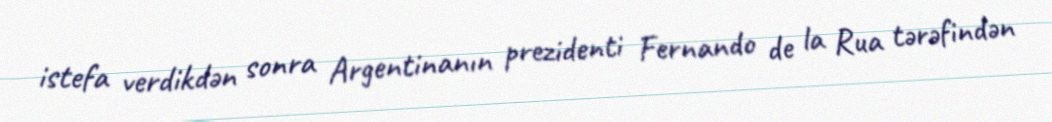
istefa verdikdən sonra Argentinanın prezidenti Fernando de la Rua tərəfindən